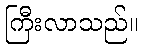
ကြီးလာသည်။